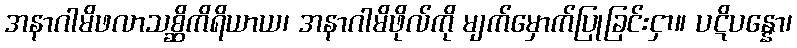
အနာဂါမိဖလာသစ္ဆိကိရိယာယ၊ အနာဂါမိဖိုလ်ကို မျက်မှောက်ပြုခြင်းငှာ။ ပဋိပန္နော၊